Insane asylums in Bengal annual reports 1867-1875 - 1867-1875
Year: 1867
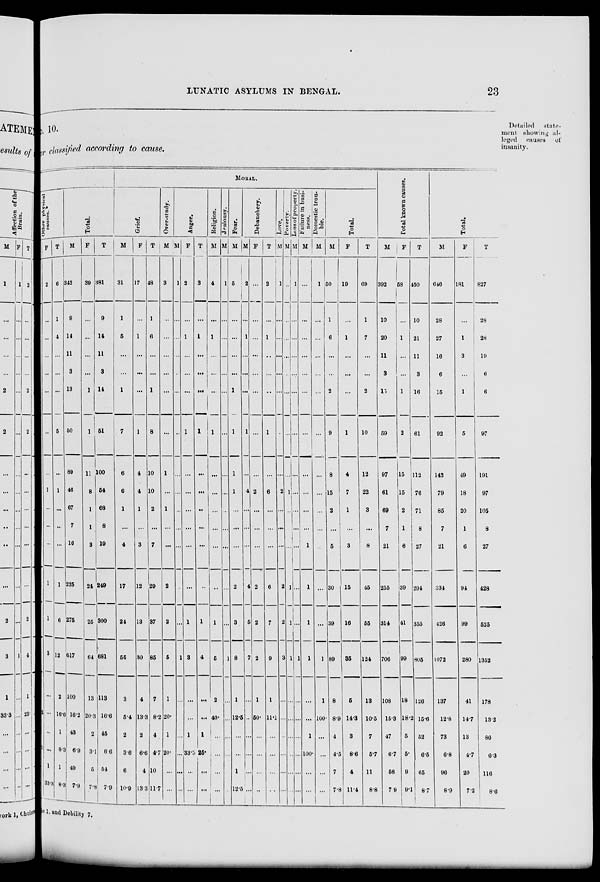
LUNATIC ASYLUMS IN BENGAL.
23
Detailed
state-
ment showing al-
leged causes of
insanity.
No. 10.
classified according to cause.
Other physical
causes.*
F
2
...
...
...
...
...
...
...
1
...
...
...
1
1
3
...
...
...
...
1
33.3
T
6
1
4
...
...
...
5
...
1
...
...
...
1
6
12
2
16.6
1
8.3
1
8.3
Total.
M
342
9
14
11
3
13
50
89
46
67
7
16
225
275
617
100
18.2
43
6.9
49
7.9
F
39
...
...
...
...
1
1
11
8
1
1
3
24
25
64
13
20.3
2
3.1
5
7.8
T
381
9
14
11
3
14
51
100
54
68
8
19
249
300
681
113
16.6
45
6.6
54
7.9
MORAL.
Grief.
M
31
1
5
...
...
1
7
6
6
1
...
4
17
24
55
3
5.4
2
3.6
6
10.9
F
17
...
1
...
...
...
1
4
4
1
...
3
12
13
30
4
13.3
2
6.6
4
13.3
T
48
1
6
...
...
1
8
10
10
2
...
7
29
37
85
7
8.2
4
4.7
10
11.7
Over-study.
M
3
...
...
...
...
...
...
1
...
1
...
...
2
2
5
1
20.
1
20.
...
...
Anger.
M
1
...
...
...
...
...
...
...
...
...
...
...
...
...
1
...
...
...
...
...
...
F
2
...
1
...
...
...
1
...
...
...
...
...
...
1
3
...
...
1
33.5
...
...
T
3
...
1
...
...
...
1
...
...
...
...
...
...
1
4
...
...
1
25.
...
...
Religion.
M
4
...
1
...
...
...
1
...
...
...
...
...
...
1
5
2
40.
...
...
...
...
Jealousy.
M
1
...
...
...
...
...
...
...
...
...
...
...
...
...
1
...
...
...
...
1
...
Fear.
M
5
...
...
...
...
1
1
1
1
...
...
...
2
3
8
1
12.5
...
...
...
12.5
Debauchery.
M
2
...
1
...
...
...
1
...
4
...
...
...
4
5
7
...
...
...
...
...
...
F
...
...
...
...
...
...
...
...
2
...
...
...
2
2
2
1
50.
...
...
...
...
T
2
...
1
...
...
...
1
...
6
...
...
...
6
7
9
1
11.1
...
...
...
...
Love.
M
1
...
...
...
...
...
...
...
2
...
...
...
2
2
3
...
...
...
...
...
...
Poverty.
M
...
...
...
...
...
...
...
...
1
...
...
...
1
1
1
...
...
...
...
...
...
Loss of property.
M
1
...
...
...
...
...
...
...
...
...
...
...
...
...
1
...
...
...
...
...
...
Failure in busi-
ness.
M
...
...
...
...
...
...
...
...
...
...
...
1
1
1
1
...
...
1
100.
...
...
Domestic trou-
ble.
M
1
...
...
...
...
...
...
...
...
...
...
...
...
...
1
1
100.
...
...
...
...
Total.
M
50
1
6
...
...
2
9
8
15
2
...
5
30
39
89
8
8.9
4
4.5
7
7.8
F
19
...
1
...
...
...
1
4
7
1
...
3
15
16
35
5
14.3
3
8.6
4
11.4
T
69
1
7
...
...
2
10
12
22
3
...
8
45
55
124
13
10.5
7
5.7
11
8.8
Total known causes.
M
392
10
20
11
3
15
59
97
61
69
7
21
255
314
706
108
15.3
47
6.7
56
7.9
F
58
...
1
...
...
1
2
15
15
2
1
6
39
41
99
18
18.2
5
5.
9
9.1
T
450
10
21
11
3
16
61
112
76
71
8
27
294
355
805
126
15.6
52
6.5
65
8.7
Total.
M
646
28
27
16
6
15
92
142
79
85
7
21
334
426
1072
137
12.8
73
6.8
96
8.9
F
181
...
1
3
...
1
5
49
18
20
1
6
94
99
280
41
14.7
13
4.7
20
7.2
T
827
28
28
19
6
16
97
191
97
105
8
27
428
525
1352
178
13.2
86
6.3
116
8.6
and Debility 7.